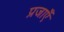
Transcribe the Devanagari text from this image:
प्रजाएँ